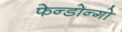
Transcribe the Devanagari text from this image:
फेन्डोन्गो